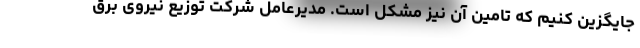
جایگزین کنیم که تامین آن نیز مشکل است. مدیرعامل شرکت توزیع نیروی برق